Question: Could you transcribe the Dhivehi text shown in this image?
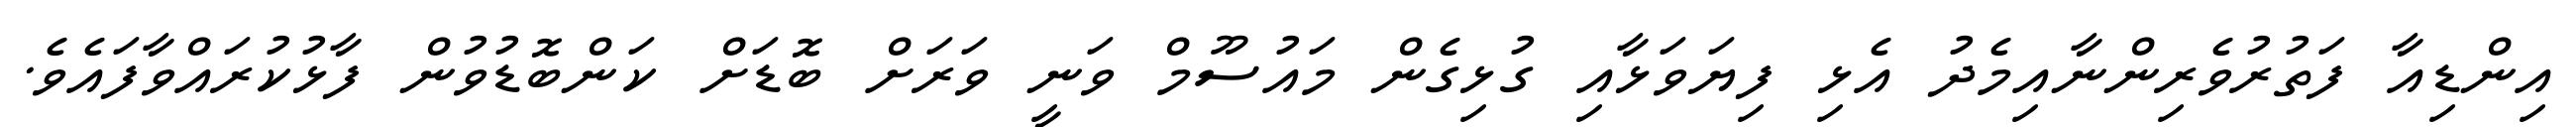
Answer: އިންޑިއާ ފަތުރުވެރިންނާއިމެދު އެޅި ފިޔަވަޅާއި ގުޅިގެން މައުސޫމް ވަނީ ވަރަށް ބޮޑަށް ކަންބޮޑުވުން ފާޅުކުރައްވާފައެވެ.